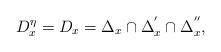
LaTeX: \begin{align*}D_{x}^{\eta}=D_{x}=\Delta_{x}\cap\Delta_{x}^{'}\cap\Delta_{x}^{''},\end{align*}